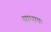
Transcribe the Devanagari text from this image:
साधाक